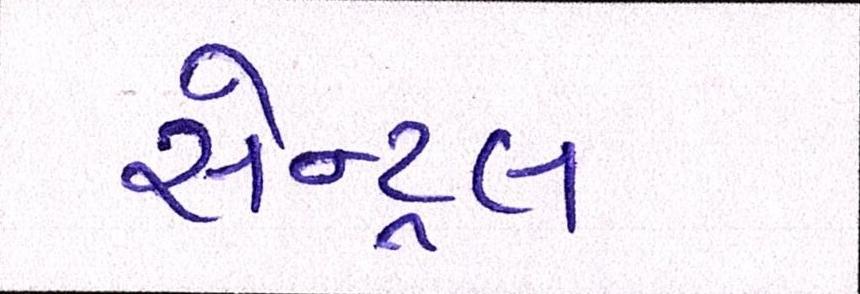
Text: સેન્ટ્રલ